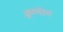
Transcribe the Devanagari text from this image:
अण्णोणं